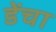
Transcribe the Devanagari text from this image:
डेंचा